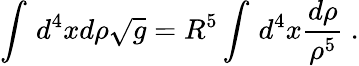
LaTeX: \int\, d^{4}xd\rho{\sqrt g}=R^{5}\int\, d^{4}x\frac{d\rho}{\rho^{5}}\ .